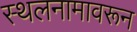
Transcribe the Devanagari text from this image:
स्थलनामावरून